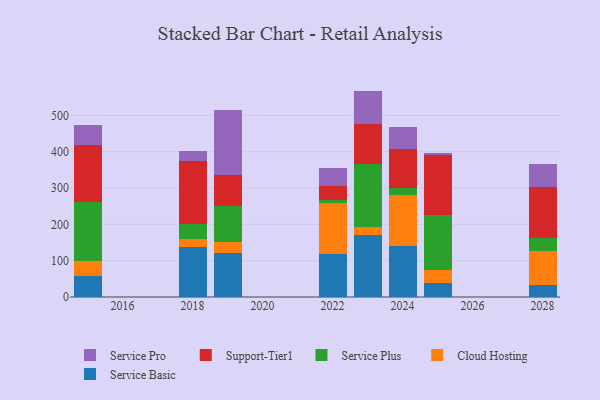
{"axis": {"x": "Year", "y": "Satisfaction Score"}, "legend": ["Cloud Hosting", "Service Basic", "Service Plus", "Service Pro", "Support-Tier1"], "data": [{"x": "2023", "y": 171.4, "type": "Service Basic"}, {"x": "2023", "y": 20.5, "type": "Cloud Hosting"}, {"x": "2023", "y": 173.1, "type": "Service Plus"}, {"x": "2023", "y": 111.5, "type": "Support-Tier1"}, {"x": "2023", "y": 91.1, "type": "Service Pro"}, {"x": "2024", "y": 139.8, "type": "Service Basic"}, {"x": "2024", "y": 141.4, "type": "Cloud Hosting"}, {"x": "2024", "y": 18.7, "type": "Service Plus"}, {"x": "2024", "y": 107.2, "type": "Support-Tier1"}, {"x": "2024", "y": 61.1, "type": "Service Pro"}, {"x": "2025", "y": 37.3, "type": "Service Basic"}, {"x": "2025", "y": 36.0, "type": "Cloud Hosting"}, {"x": "2025", "y": 153.1, "type": "Service Plus"}, {"x": "2025", "y": 164.0, "type": "Support-Tier1"}, {"x": "2025", "y": 6.3, "type": "Service Pro"}, {"x": "2028", "y": 32.6, "type": "Service Basic"}, {"x": "2028", "y": 94.5, "type": "Cloud Hosting"}, {"x": "2028", "y": 35.7, "type": "Service Plus"}, {"x": "2028", "y": 140.8, "type": "Support-Tier1"}, {"x": "2028", "y": 63.1, "type": "Service Pro"}, {"x": "2022", "y": 118.6, "type": "Service Basic"}, {"x": "2022", "y": 140.2, "type": "Cloud Hosting"}, {"x": "2022", "y": 8.8, "type": "Service Plus"}, {"x": "2022", "y": 38.7, "type": "Support-Tier1"}, {"x": "2022", "y": 49.2, "type": "Service Pro"}, {"x": "2019", "y": 121.0, "type": "Service Basic"}, {"x": "2019", "y": 31.5, "type": "Cloud Hosting"}, {"x": "2019", "y": 98.4, "type": "Service Plus"}, {"x": "2019", "y": 85.1, "type": "Support-Tier1"}, {"x": "2019", "y": 178.8, "type": "Service Pro"}, {"x": "2018", "y": 136.5, "type": "Service Basic"}, {"x": "2018", "y": 23.4, "type": "Cloud Hosting"}, {"x": "2018", "y": 41.6, "type": "Service Plus"}, {"x": "2018", "y": 173.6, "type": "Support-Tier1"}, {"x": "2018", "y": 26.3, "type": "Service Pro"}, {"x": "2015", "y": 58.3, "type": "Service Basic"}, {"x": "2015", "y": 42.1, "type": "Cloud Hosting"}, {"x": "2015", "y": 161.8, "type": "Service Plus"}, {"x": "2015", "y": 155.0, "type": "Support-Tier1"}, {"x": "2015", "y": 56.5, "type": "Service Pro"}]}